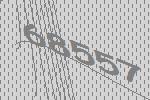
68557